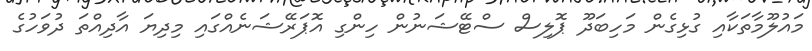
މައުލޫމާތަކާއި ގުޅިގެން މަހިބަދޫ ޕޮލިސް ސްޓޭޝަނުން ހިންގި އޮޕަރޭޝަނެއްގައި މިދިޔަ އާދިއްތަ ދުވަހުގެ